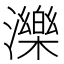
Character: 濼